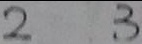
2 3